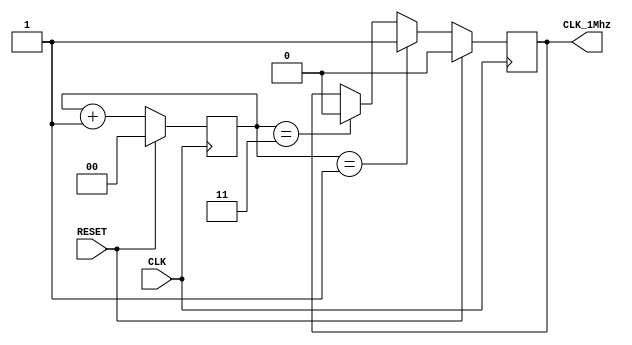
module CLK_1Mhz_cond
    (
        //inputs
        input wire      CLK,
        input wire      RESET,
        //outputs
        output reg      CLK_1Mhz
    );

    reg [1:0]       counter;

    always @(posedge CLK)
        begin
            if (RESET == 1)
                begin
                    counter <= 0;
                    CLK_1Mhz <= 0;
                end
            else
                begin
                    if (counter == 1)
                        begin
                            CLK_1Mhz <= 1;
                        end 
                    else if (counter == 3)
                        begin
                            CLK_1Mhz <= 0;
                            counter <= 0;
                        end
                    counter <= counter + 1;
                end

        end
endmodule